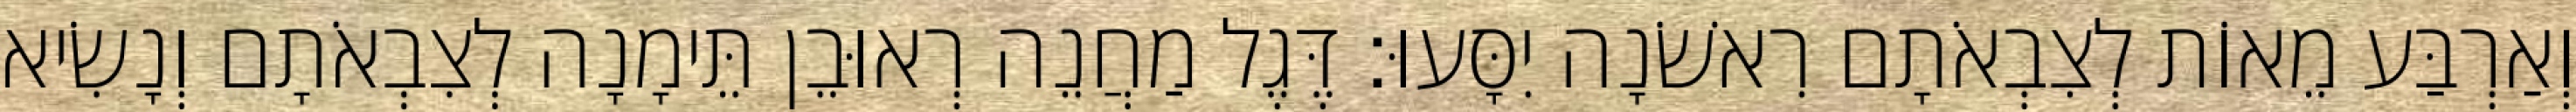
וְאַרְבַּע מֵאוֹת לְצִבְאֹתָם רִאשֹׁנָה יִסָּעוּ׃ דֶּגֶל מַחֲנֵה רְאוּבֵן תֵּימָנָה לְצִבְאֹתָם וְנָשִׂיא